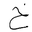
Letter: _kha